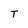
Character: T